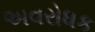
અવરોધક